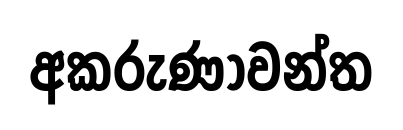
අකරුණාවන්ත